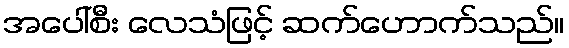
အပေါ်စီး လေသံဖြင့် ဆက်ဟောက်သည်။